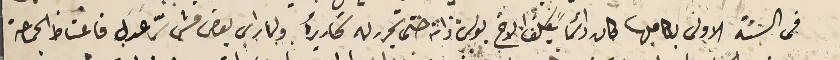
فى السَنة الاولى بكاملها كان دائماً يكلف الاخ بولس ذاته حتى يحرر له تحاريره ولما راى بعض فشي سرّ عَدَل فاغتاط الجماعة